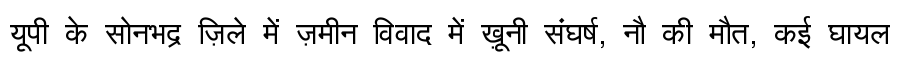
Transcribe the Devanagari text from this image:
यूपी के सोनभद्र ज़िले में ज़मीन विवाद में ख़ूनी संघर्ष, नौ की मौत, कई घायल